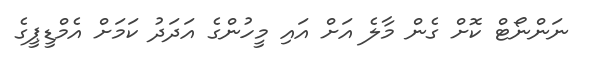
ނަންނޯޓް ކޮށް ގެން މާލެ އަށް އައި މީހުންގެ އަދަދު ކަަމަށް އެމްޑީޕީގެ